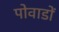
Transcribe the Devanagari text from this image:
पोवाडों